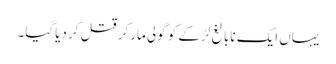
یہاں ایک نابالغ لڑکے کو گولی مار کر قتل کر دیا گیا۔